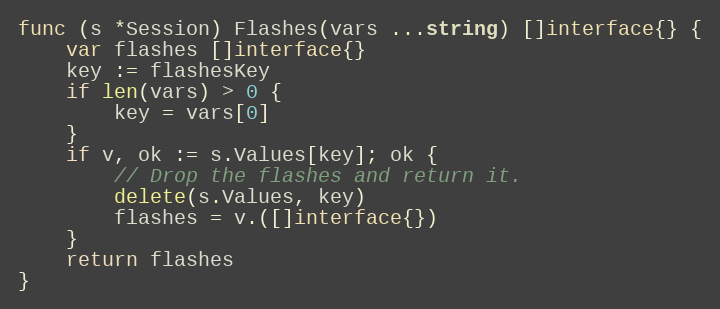
Language: Go
func (s *Session) Flashes(vars ...string) []interface{} {
	var flashes []interface{}
	key := flashesKey
	if len(vars) > 0 {
		key = vars[0]
	}
	if v, ok := s.Values[key]; ok {
		// Drop the flashes and return it.
		delete(s.Values, key)
		flashes = v.([]interface{})
	}
	return flashes
}